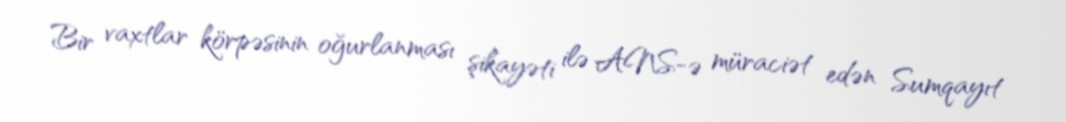
Bir vaxtlar körpəsinin oğurlanması şikayəti ilə ANS-ə müraciət edən Sumqayıt